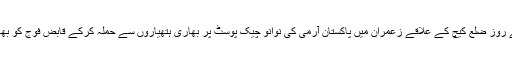
29 اکتوبر ہفتہ کے روز ضلع کیچ کے علاقے زعمران میں پاکستان آرمی کی نوانو چیک پوسٹ پر بھاری ہتھیاروں سے حملہ کرکے قابض فوج کو بھاری نقصان پہنچایا۔